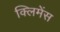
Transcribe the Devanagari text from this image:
क्लिमेंस